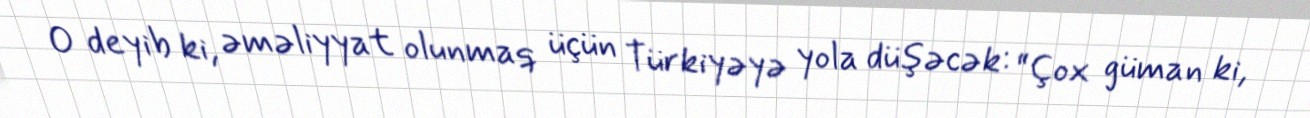
O deyib ki, əməliyyat olunmaq üçün Türkiyəyə yola düşəcək: “Çox güman ki,